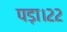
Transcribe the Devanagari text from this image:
पड़ा।२२